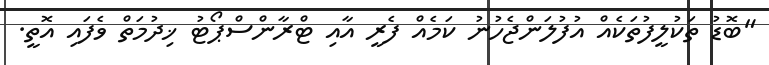
"ބޮޑު ތަކުލީފުތަކެއް އުފުލަންޖެހުނު ކަމެއް ފެރީ އާއި ޓްރާންސްޕޯޓު ޚިދުމަތް ވެފައި އޮތީ.